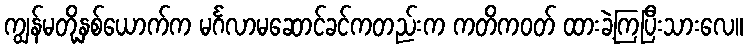
ကျွန်မတို့နှစ်ယောက်က မင်္ဂလာမဆောင်ခင်ကတည်းက ကတိကဝတ် ထားခဲ့ကြပြီးသားလေ။